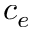
c _ { e }